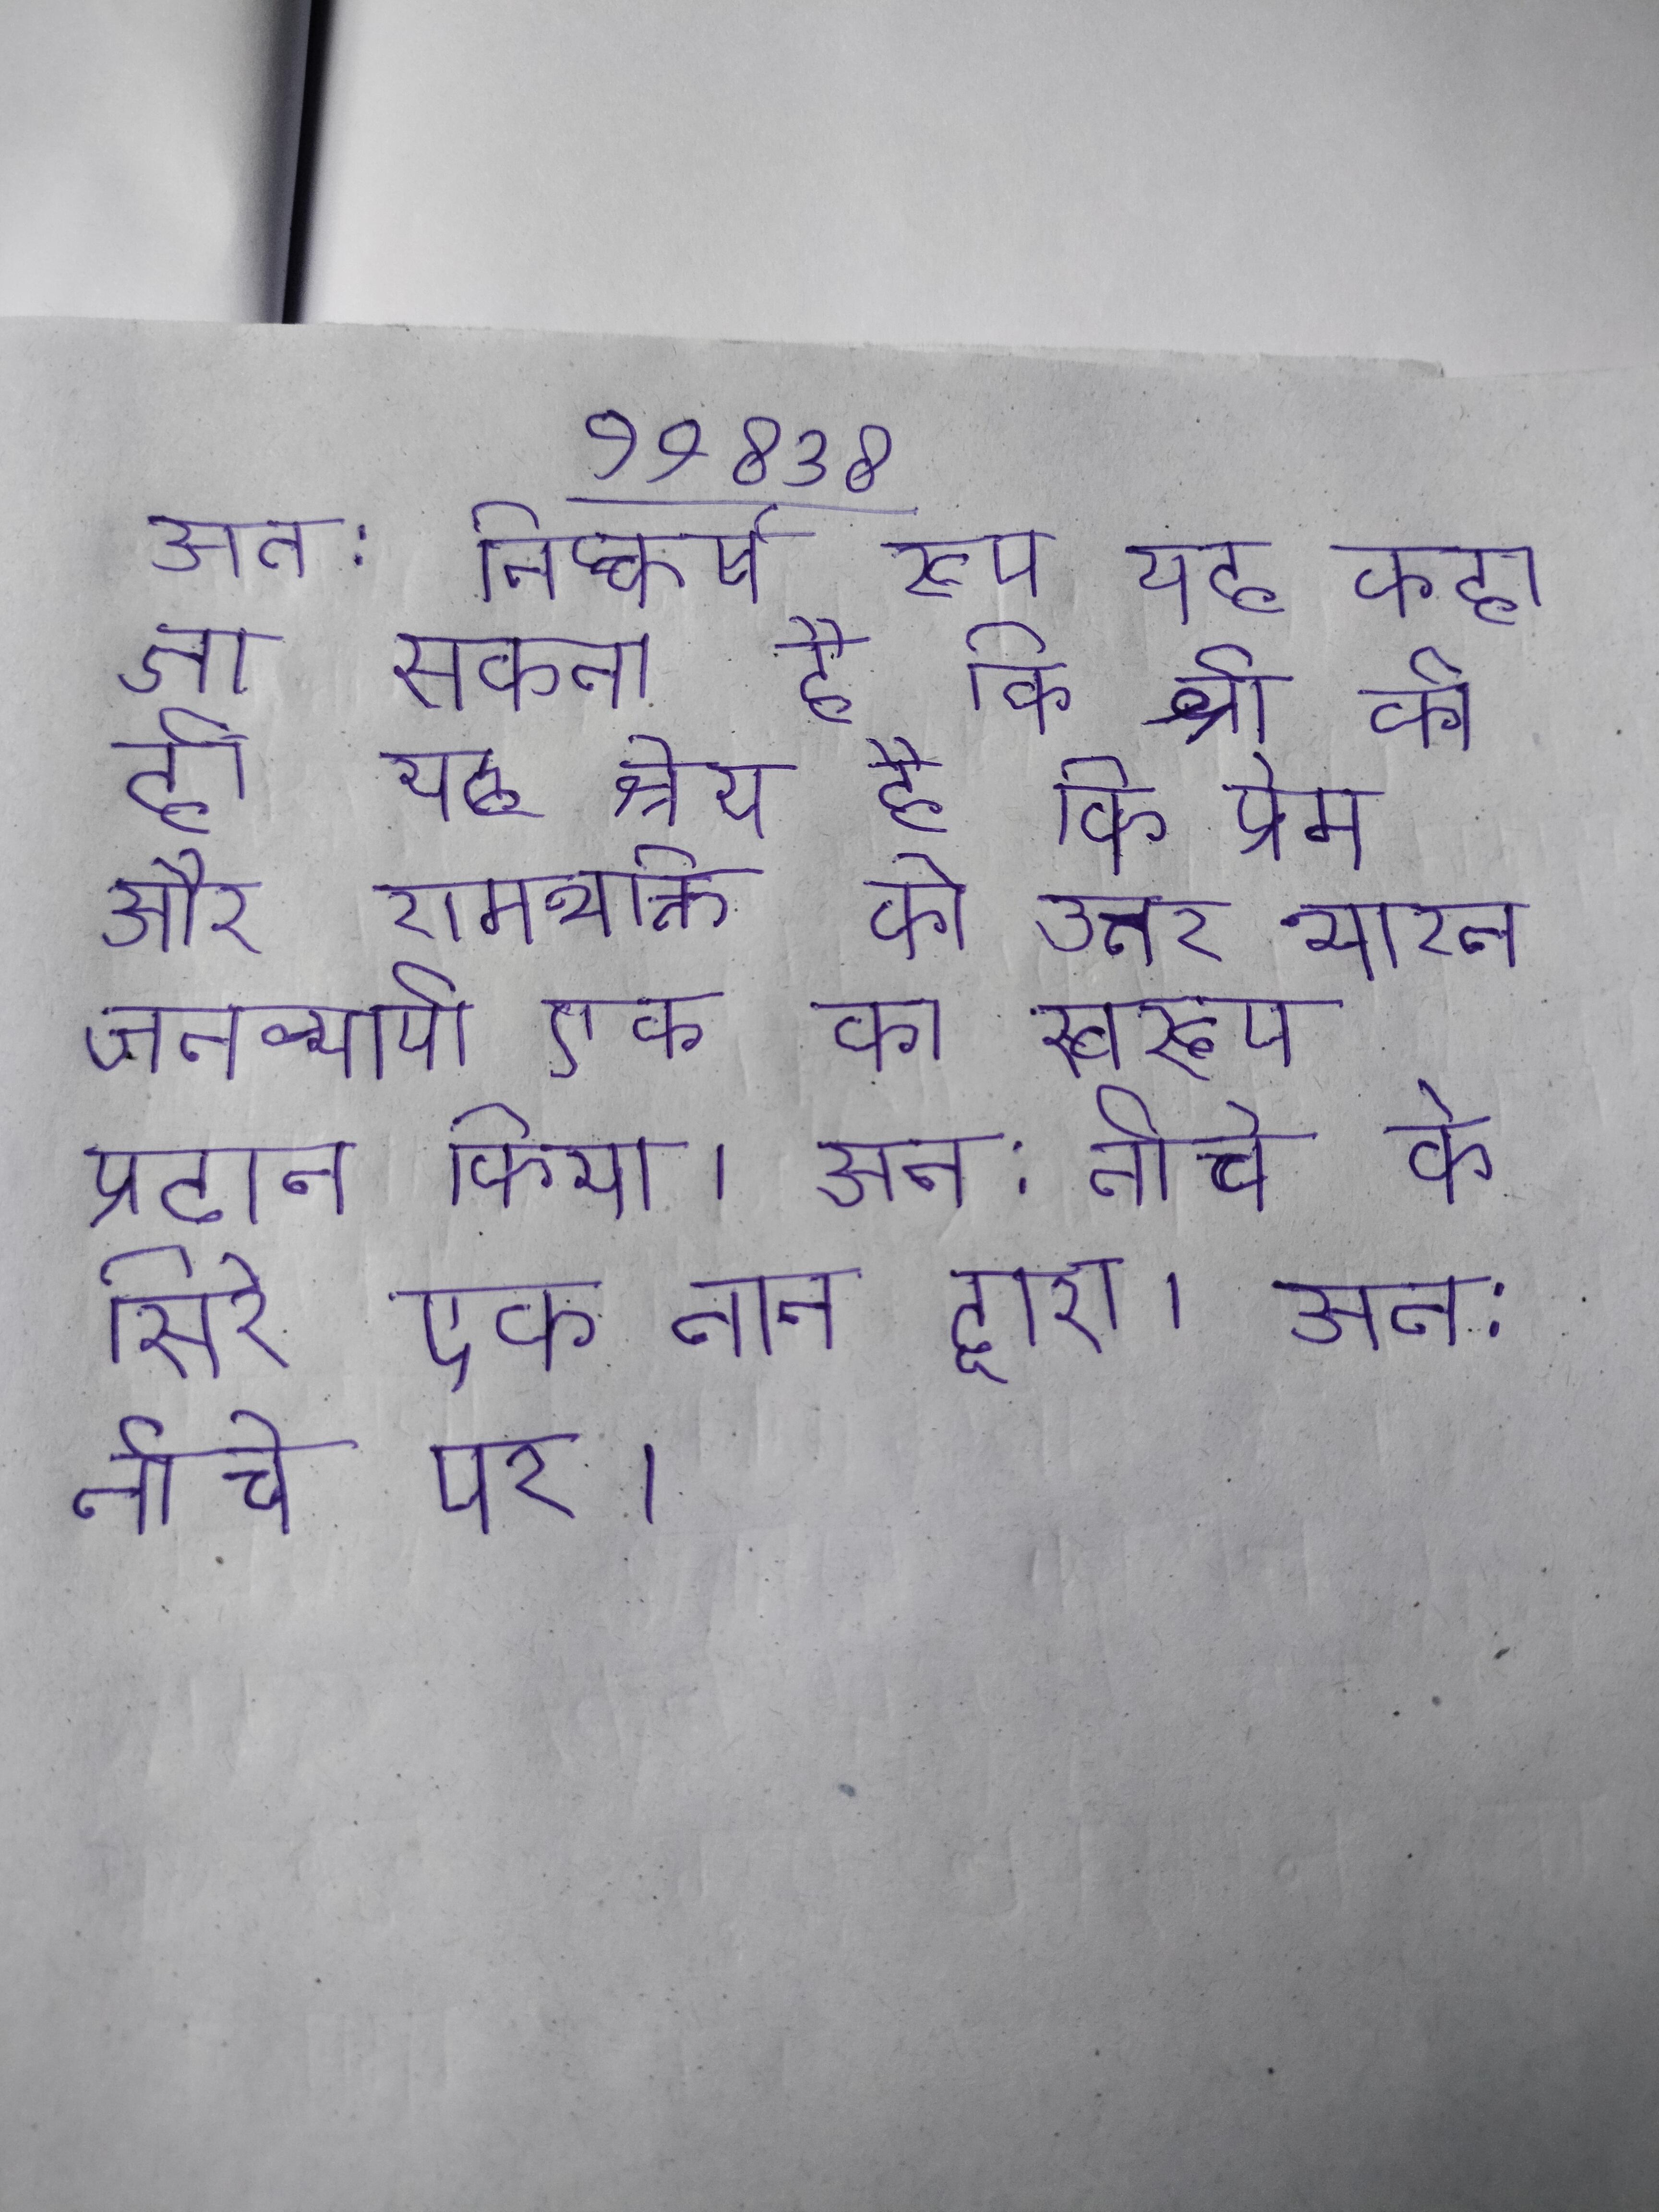
अत: निष्कर्ष रूप यह कहा जा सकता है कि श्री को ही यह श्रेय है कि प्रेम और रामभक्ति को उत्तर भारत जनव्यापी एक का स्वरूप प्रदान किया । अत: नीचे के सिरे एक तान द्वारा । अत: नीचे पर ।